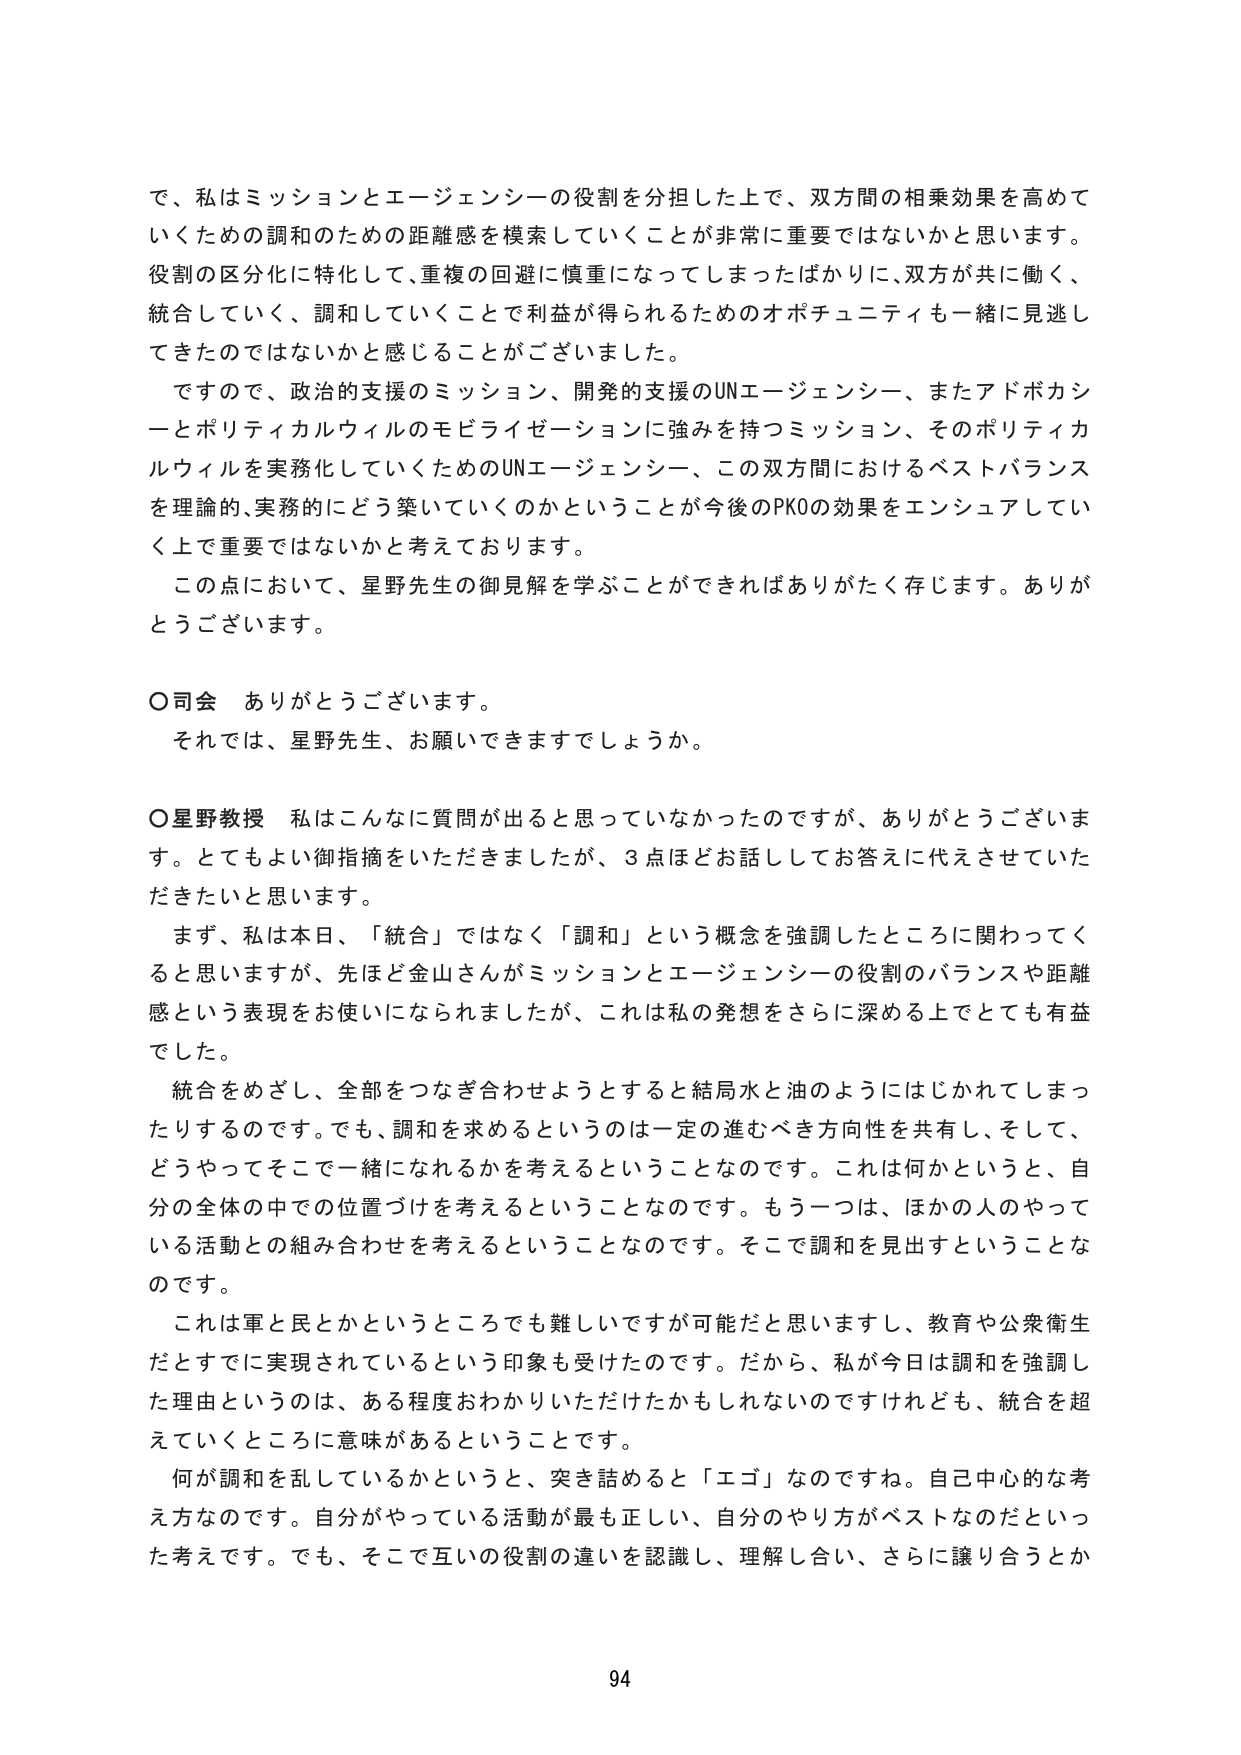
で、私はミッションとエージェンシーの役割を分担した上で、双方間の相乗効果を高めていくための調和のための距離感を模索していくことが非常に重要ではないかと思います。役割の区分化に特化して、重複の回避に慎重になってしまったばかりに、双方が共に働く、統合していく、調和していくことで利益が得られるためのオポチュニティも一緒に見逃してきたのではないかなと感じることがございました。

ですので、政治的支援のミッション、開発的支援のUNエージェンシー、またアドボカシーとポリティカルウィルのモビライゼーションに強みを持つミッション、そのポリティカルウィルを実務化していくためのUNエージェンシー、この双方間におけるベストバランスを理論的、実務的にどう築いていくのかということが今後のPKOの効果をエンシュアしていく上で重要ではないかと考えております。

この点において、星野先生の御見解を学ぶことができればありがたく存じます。ありがとうございます。

○司会　ありがとうございます。
　　それでは、星野先生、お願いできますでしょうか。

○星野教授　私はこんなに質問が出ると思っていなかったのですが、ありがとうございます。とてもよい御指摘をいただきましたが、3点ほどお話ししてお答えに代えさせていただきたいと思います。

　　まず、私は本日、「統合」ではなく「調和」という概念を強調したところに関わってくると思いますが、先ほど金山さんがミッションとエージェンシーの役割のバランスや距離感という表現をお使いになられましたが、これは私の発想をさらに深める上でもとても有益でした。

　　統合をめざし、全部をつなぎ合わせようとすると結局水と油のようにはじかれてしまったりするのです。でも、調和を求めるというのは一定の進むべき方向性を共有し、そして、どうやってそこで一緒になれるかを考えるということなのです。これは何かというと、自分の全体の中での位置づけを考えるということなのです。もう一つは、ほかの人のやっている活動との組み合わせを考えるということなのです。そこで調和を見出すということなのです。

　　これは軍と民とかというところでも難しいですが可能だと思いますし、教育や公衆衛生だとすでに実現されているという印象も受けたのです。だから、私が今日は調和を強調した理由というのは、ある程度おわかりいただけたかもしれないのですけれども、統合を超えていくところに意味があるということです。

　　何が調和を乱しているかというと、突き詰めると「エゴ」なのですね。自己中心的な考え方なのです。自分がやっている活動が最も正しい、自分のやり方がベストなのだといった考えです。でも、そこで互いの役割の違いを認識し、理解し合い、さらに譲り合うとか

94